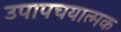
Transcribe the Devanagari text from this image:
उपापचयात्मक